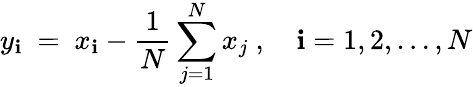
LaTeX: y_{\mathbf{i}}\ =\ x_{\mathbf{i}}-\frac{{1}}{{N}}\sum_{j=1}^{N}x_{j}\ ,\quad\mathbf{i}=1,2,\ldots,N